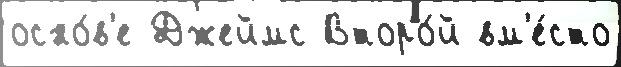
осно́в'е Джеймс Второ́й вм'е́сто